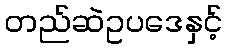
တည်ဆဲဥပဒေနှင့်